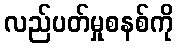
လည်ပတ်မှုစနစ်ကို